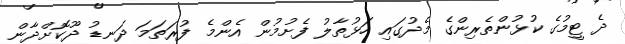
ދެ ޓީމުގެ ކުޅުންތެރިންގެ މެދުގައި ހަޅުތާލު ފެށުމުން އެންމެ ފުރަތަމަ ދަނޑު ދޫކޮށްދާން